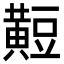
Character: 𪏄